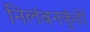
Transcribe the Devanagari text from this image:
निलंबनकुंडों